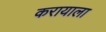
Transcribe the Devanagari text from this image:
करायाला